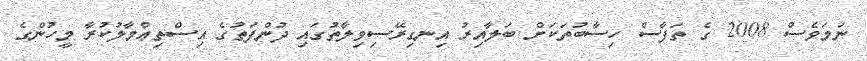
ނަމަވެސް 2008 ގެ ތަފާސް ހިސާބުތަކަށް ބަލާއިރު އިނގިރޭސިވިލާތުގައި ދުންފަތުގެ އިސްތިޢްމާލުކުރާ މީހުންގެ